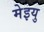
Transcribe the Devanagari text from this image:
मेइयु